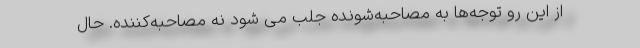
از این رو توجه‌ها به مصاحبه‌شونده جلب می شود نه مصاحبه‌کننده. حال